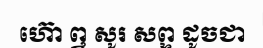
ហ៊ោ ឮ សូរ សព្ទ ដូចជា